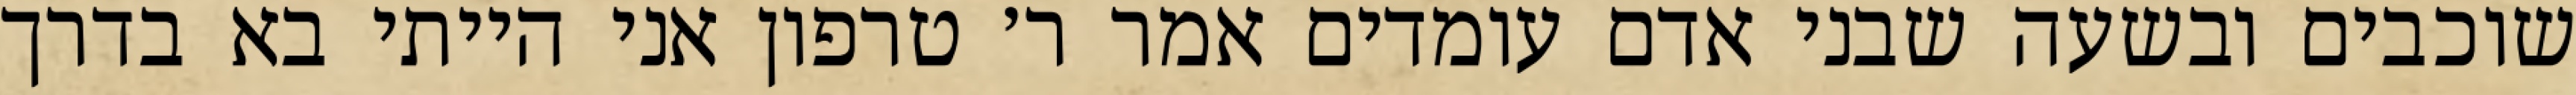
שוכבים ובשעה שבני אדם עומדים אמר ר׳ טרפון אני הייתי בא בדרך